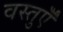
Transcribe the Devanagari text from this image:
वस्तुऍँ